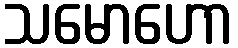
သမောဟော